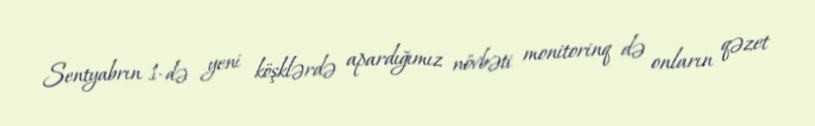
Sentyabrın 1-də yeni köşklərdə apardığımız növbəti monitorinq də onların qəzet